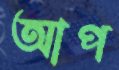
আপ